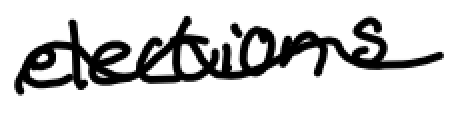
Text: elections
Cross-out: wave
Writing tool: digital_black